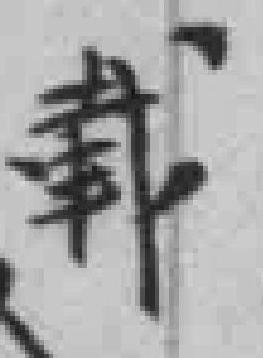
載